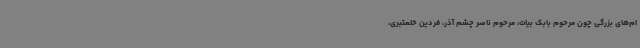
ام‌های بزرگی چون مرحوم بابک بیات، مرحوم ناصر چشم آذر، فردین خلعتبری،